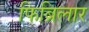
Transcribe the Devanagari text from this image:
फिब्रिलार